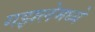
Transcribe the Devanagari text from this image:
गझलेमध्ये